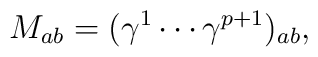
M_{ab} =  (\gamma^1 \cdots \gamma^{p+1})_{ab},